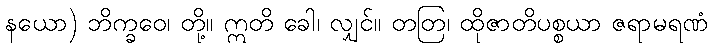
နယော) ဘိက္ခဝေ၊ တို့။ ဣတိ ခေါ၊ လျှင်။ တတြ၊ ထိုဇာတိပစ္စယာ ဇရာမရဏံ